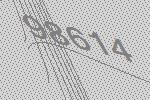
98614